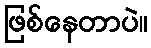
ဖြစ်နေတာပဲ။